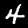
Digit: 4